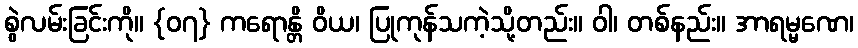
စွဲလမ်းခြင်းကို။ {၀၇} ကရောန္တိ ဝိယ၊ ပြုကုန်သကဲ့သို့တည်း။ ဝါ၊ တစ်နည်း။ အာရမ္မဏေ၊